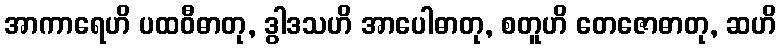
အာကာရေဟိ ပထဝီဓာတု, ဒွါဒသဟိ အာပေါဓာတု, စတူဟိ တေဇောဓာတု, ဆဟိ